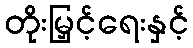
တိုးမြှင့်ရေးနှင့်